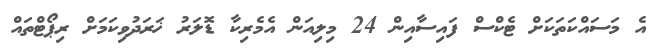
އެ މަސައްކަތަކަށް ޓެކްސް ފައިސާއިން 24 މިލިއަން އެމެރިކާ ޑޮލަރު ޚަރަދުވިކަމަށް ރިޕޯޓްތައް